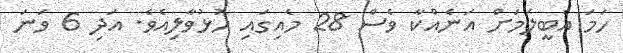
ހަމަ އެބީލަމަށް އަނެއްކާ ވެސް 28 މެއިގައި ހުޅުވާލިއެވެ. އަދި 6 ވަނަ